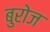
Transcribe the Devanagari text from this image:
बुरोज